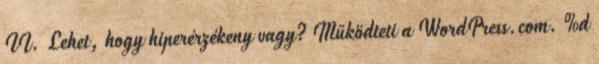
II. Lehet, hogy hiperérzékeny vagy? Működteti a WordPress.com. %d